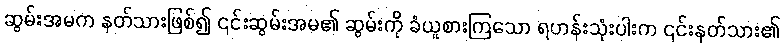
ဆွမ်းအမက နတ်သားဖြစ်၍ ၎င်းဆွမ်းအမ၏ ဆွမ်းကို ခံယူစားကြသော ရဟန်းသုံးပါးက ၎င်းနတ်သား၏